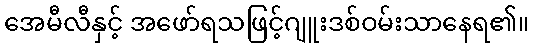
အေမီလီနှင့် အဖော်ရသဖြင့်ဂျူးဒစ်ဝမ်းသာနေရ၏။